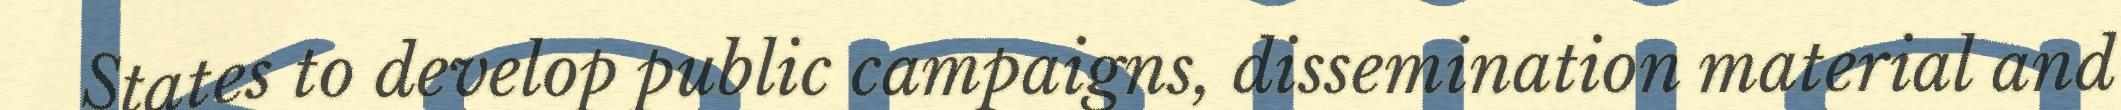
States to develop public campaigns, dissemination material and